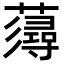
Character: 𧀷